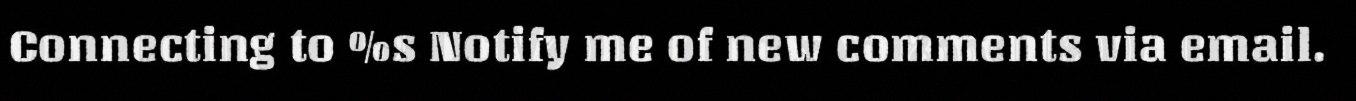
Connecting to %s Notify me of new comments via email.